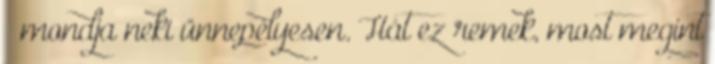
– mondja neki ünnepélyesen. Hát ez remek, most megint